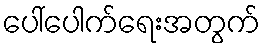
ပေါ်ပေါက်ရေးအတွက်